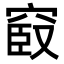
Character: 𥦞